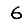
Digit: 6